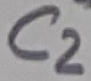
Text: C2